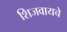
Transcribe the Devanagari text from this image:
शिजवायचे